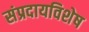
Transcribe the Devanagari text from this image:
संप्रदायविशेष